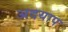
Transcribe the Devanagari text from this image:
अदयाप